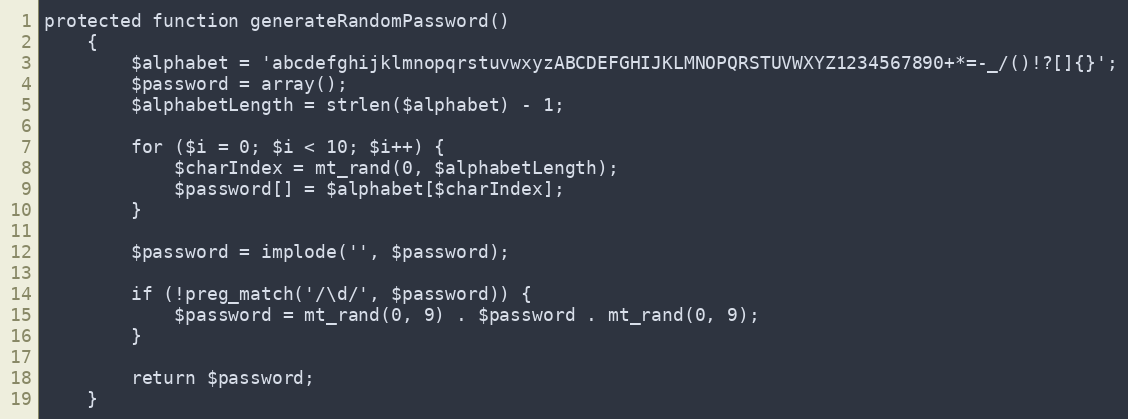
Language: PHP
protected function generateRandomPassword()
    {
        $alphabet = 'abcdefghijklmnopqrstuvwxyzABCDEFGHIJKLMNOPQRSTUVWXYZ1234567890+*=-_/()!?[]{}';
        $password = array();
        $alphabetLength = strlen($alphabet) - 1;

        for ($i = 0; $i < 10; $i++) {
            $charIndex = mt_rand(0, $alphabetLength);
            $password[] = $alphabet[$charIndex];
        }

        $password = implode('', $password);

        if (!preg_match('/\d/', $password)) {
            $password = mt_rand(0, 9) . $password . mt_rand(0, 9);
        }

        return $password;
    }